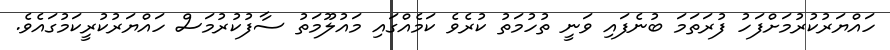
ހައްޔަރުކުރުމަށްފަހު ފުރަތަމަ ބުނެފައި ވަނީ ތުހުމަތު ކުރެވެ ކަމެއްގައި މައުލޫމަތު ސާފުކުރުމަސް ހައްޔަރުކުރީކަމުގައެވެ.